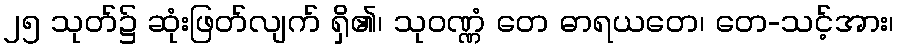
၂၅ သုတ်၌ ဆုံးဖြတ်လျက် ရှိ၏၊ သုဝဏ္ဏံ တေ ဓာရယတေ၊ တေ-သင့်အား၊